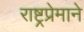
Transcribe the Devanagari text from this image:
राष्ट्रप्रेमाने